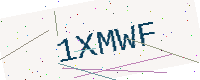
Text: 1XMWF